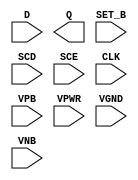
module sky130_fd_sc_hd__sdfstp (
    //# {{data|Data Signals}}
    input  D    ,
    output Q    ,

    //# {{control|Control Signals}}
    input  SET_B,

    //# {{scanchain|Scan Chain}}
    input  SCD  ,
    input  SCE  ,

    //# {{clocks|Clocking}}
    input  CLK  ,

    //# {{power|Power}}
    input  VPB  ,
    input  VPWR ,
    input  VGND ,
    input  VNB
);
endmodule